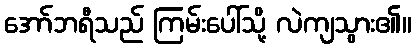
အော်ဘရီသည် ကြမ်းပေါ်သို့ လဲကျသွား၏။